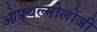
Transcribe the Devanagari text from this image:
ओफ्थल्मोलोजी